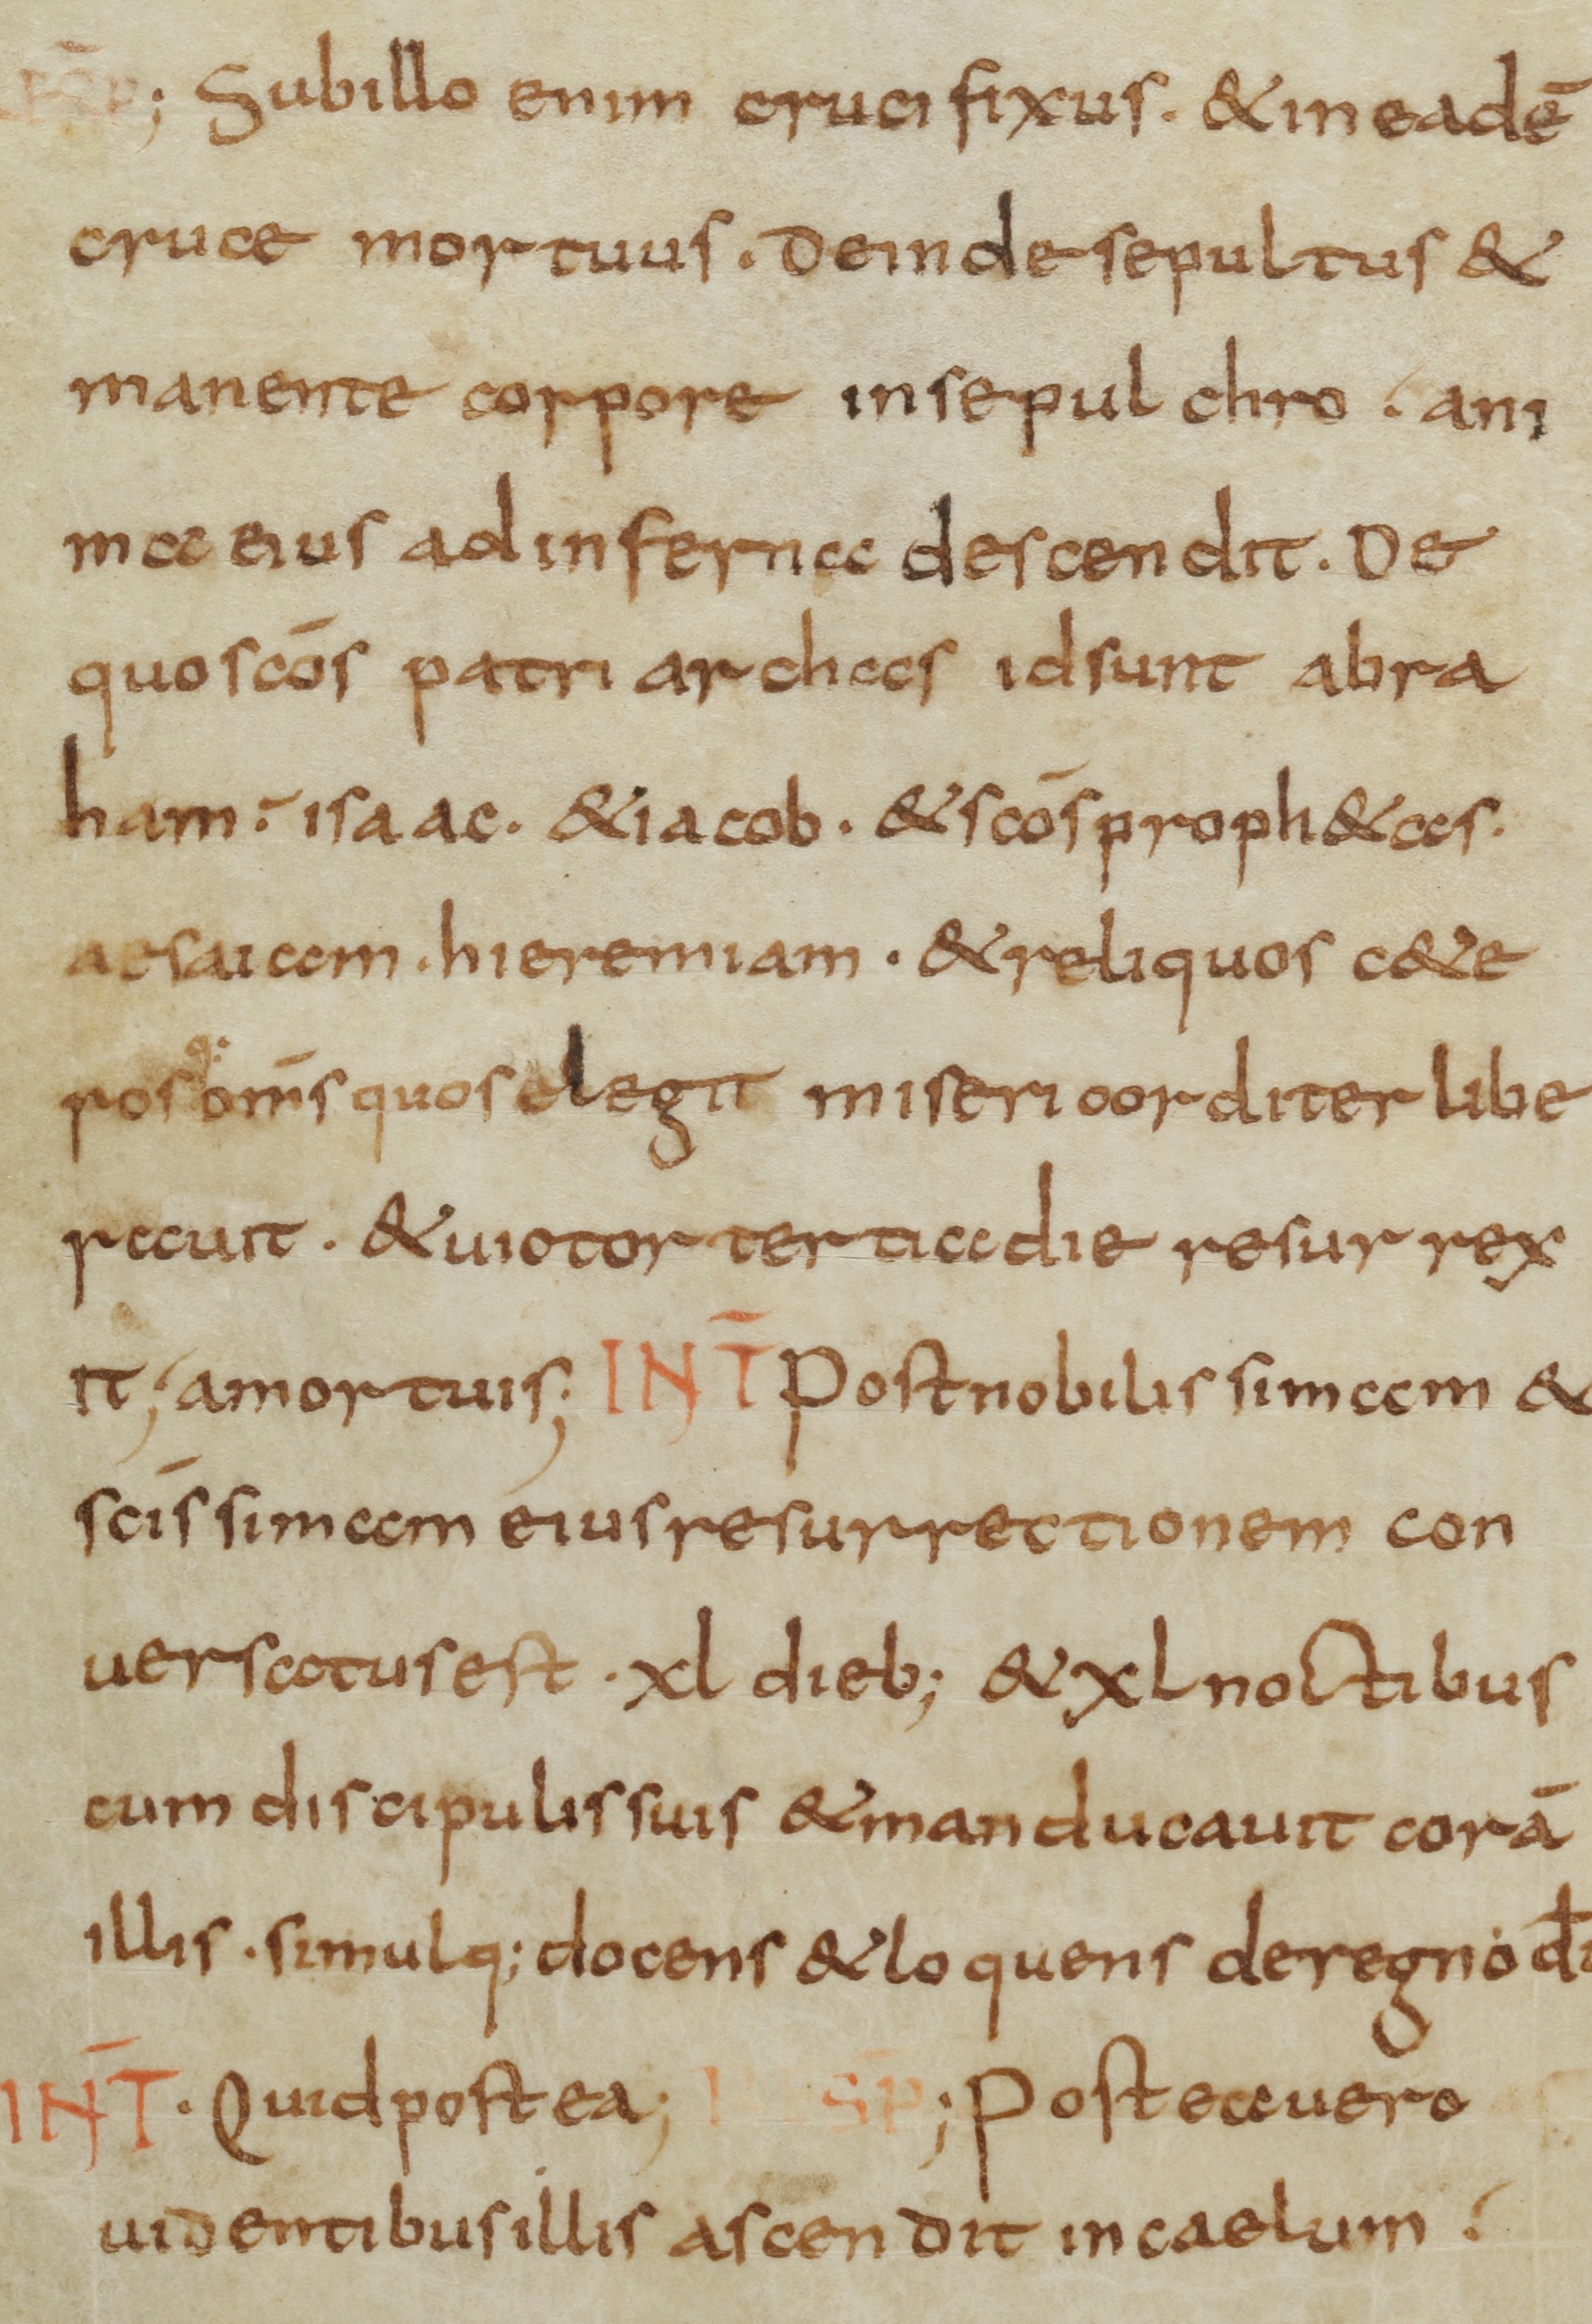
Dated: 800–899